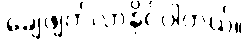
ချေဖျက်လာနိုင်ပါတယ်။